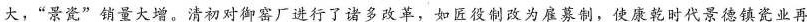
大，”景瓷”销量大增。清初对御窑厂进行了诸多改革，如匠役制改为雇募制，使康乾时代景德镇瓷业再